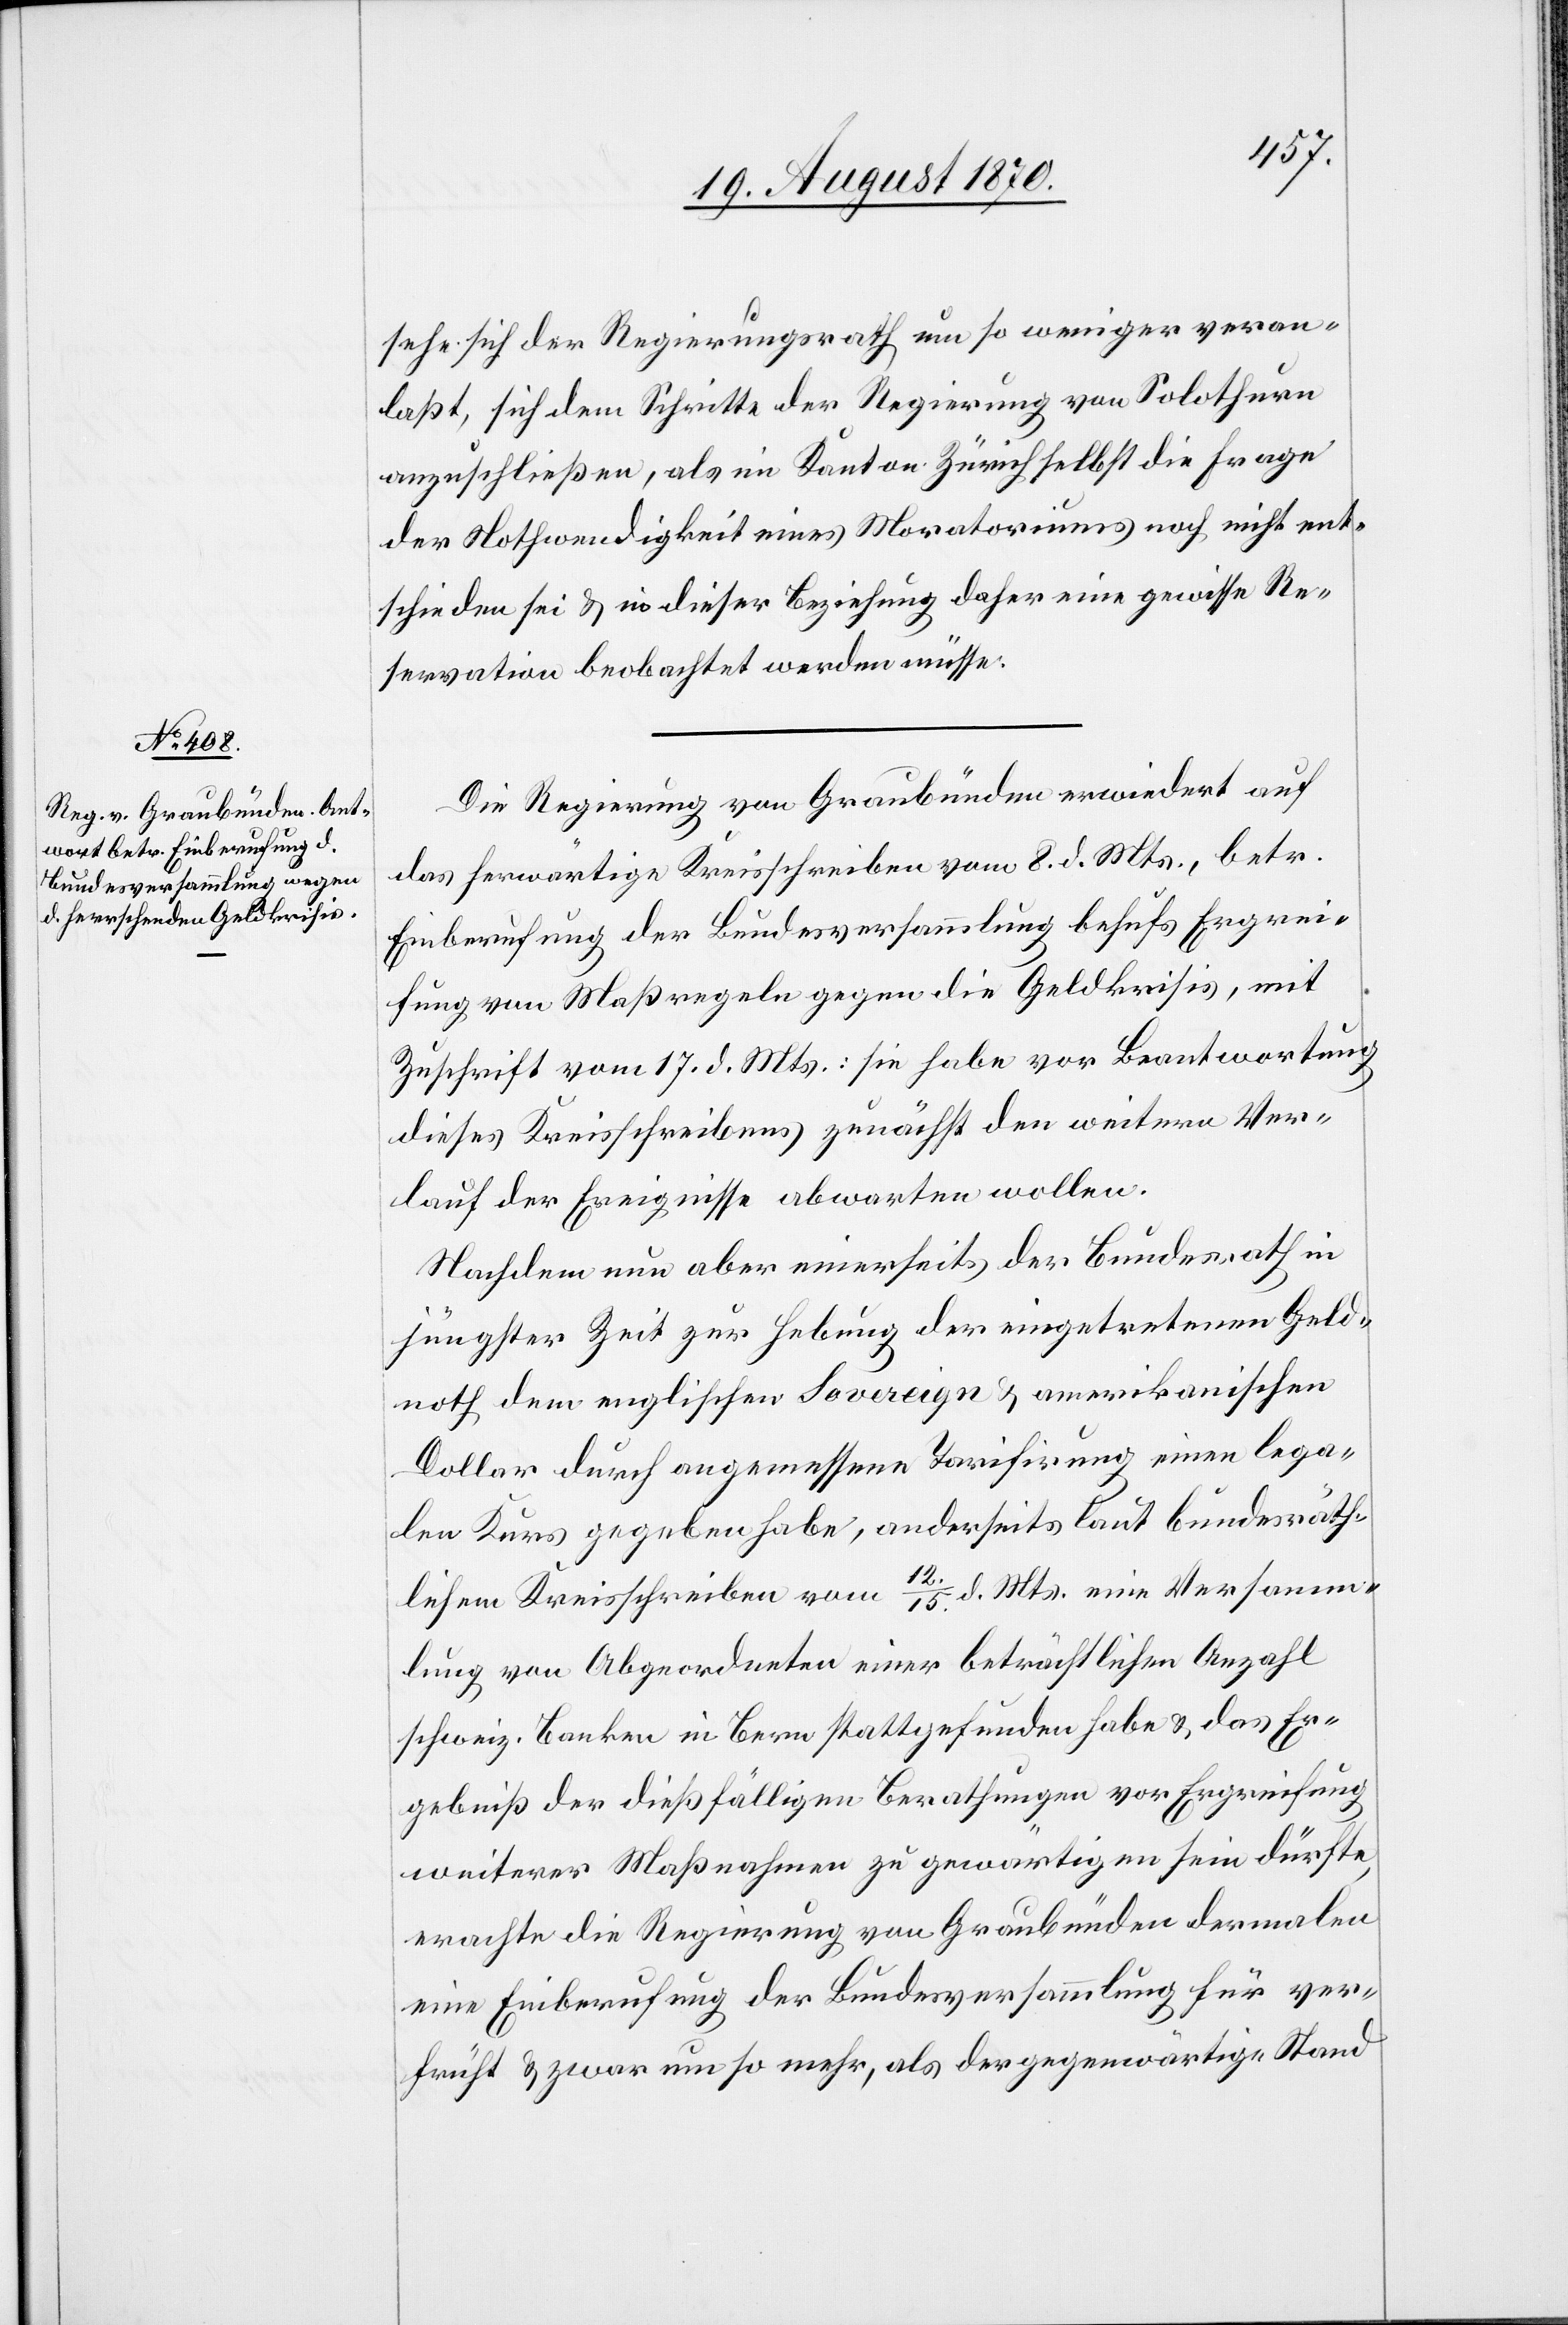
sehe sich der Regierungsrath um so weniger veran¬
laßt, sich dem Schritte der Regierung von Solothurn
anzuschließen, als im Kanton Zürich selbst die Frage
der Nothwendigkeit eines Moratoriums noch nicht ent¬
schieden sei & in dieser Beziehung daher eine gewisse Re¬
servation beobachtet werden müsse.
Die Regierung von Graubünden erwiedert auf
das herwärtige Kreisschreiben vom 8. d. Mts., betr.
Einberufung der Bundesversammlung behufs Ergrei¬
fung von Maßregeln gegen die Geldkrisis, mit
Zuschrift vom 17. d. Mts.: sie habe vor Beantwortung
dieses Kreisschreibens zunächst den weitern Ver¬
lauf der Ereignisse abwarten wollen.
Nachdem nun aber einerseits der Bundesrath in
jüngster Zeit zur Hebung der eingetretenen Geld¬
noth dem englischen Sovereign & amerikanischen
Dollar durch angemessene Tarifirung einen lega¬
len Kurs gegeben habe, anderseits laut bundesräth¬
12./15. d. Mts. eine Versamm¬
lichem Kreisschreiben vom
lung von Abgeordneten einer beträchtlichen Anzahl
schweiz. Banken in Bern stattgefunden habe & das Er¬
gebniß der dießfälligen Berathungen vor Ergreifung
weiterer Maßnahmen zu gewärtigen sein dürfte,
erachte die Regierung von Graubünden dermalen
eine Einberufung der Bundesversammlung für ver¬
früht & zwar um so mehr, als der gegenwärtige Stand